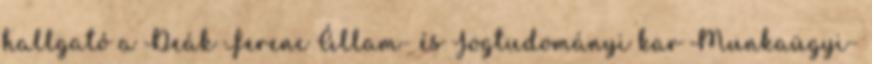
hallgató a Deák Ferenc Állam- és Jogtudományi kar Munkaügyi-